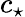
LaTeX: c_{\star}